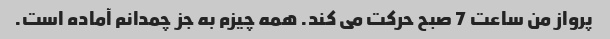
پرواز من ساعت 7 صبح حرکت می کند. همه چیزم به جز چمدانم آماده است.